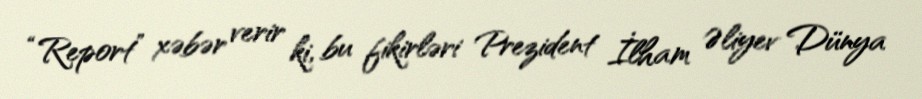
“Report” xəbər verir ki, bu fikirləri Prezident İlham Əliyev Dünya